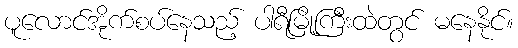
ပူလောင်အိုက်စပ်နေသည့် ပါရီမြို့ကြီးထဲတွင် မနေနိုင်။